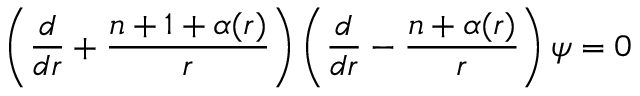
\left( \frac { d } { d r } + \frac { n + 1 + \alpha ( r ) } { r } \right) \left( \frac { d } { d r } - \frac { n + \alpha ( r ) } { r } \right) \psi = 0